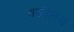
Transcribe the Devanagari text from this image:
वकीलच